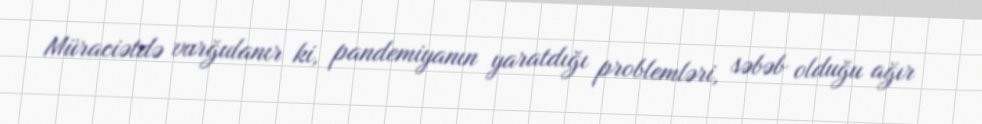
Müraciətdə vurğulanır ki, pandemiyanın yaratdığı problemləri, səbəb olduğu ağır